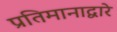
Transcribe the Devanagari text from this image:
प्रतिमानाद्वारे